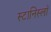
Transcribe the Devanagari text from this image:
स्टानिस्लॉ